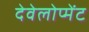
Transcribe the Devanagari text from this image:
देवेलोप्मेंट